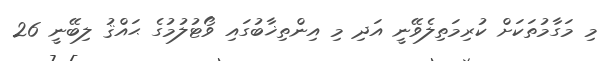
މި މަގާމުތަކަށް ކުރިމަތިލެވޭނީ އަދި މި އިންތިޚާބުގައި ވޯޓުލުމުގެ ޙައްޤު ލިބޭނީ 26